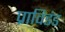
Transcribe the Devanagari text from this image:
प्राविडंड